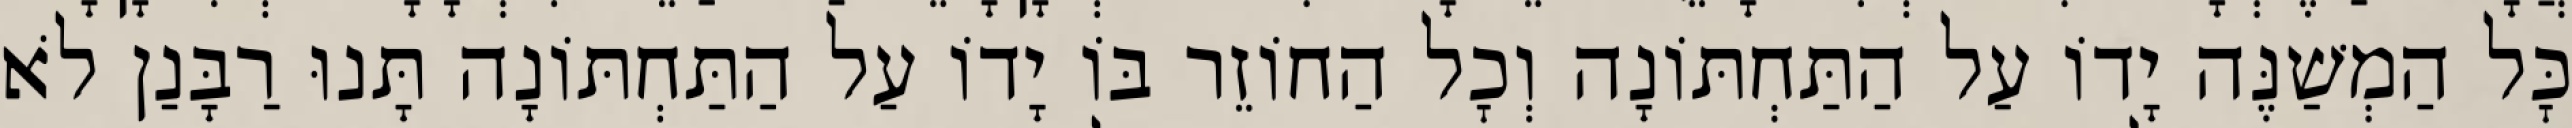
כׇּל הַמְשַׁנֶּה יָדוֹ עַל הַתַּחְתּוֹנָה וְכׇל הַחוֹזֵר בּוֹ יָדוֹ עַל הַתַּחְתּוֹנָה תָּנוּ רַבָּנַן לֹא